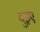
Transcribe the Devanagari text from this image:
दुइए